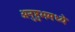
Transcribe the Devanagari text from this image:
अनुष्टुभमध्ये